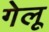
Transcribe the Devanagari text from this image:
गेलू